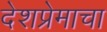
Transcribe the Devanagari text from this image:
देशप्रेमाचा